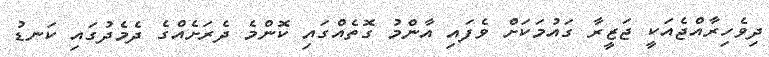
ދިވެހިރާއްޖެއަކީ ޖަޒީރާ ގައުމަކަށް ވެފައި އާންމު ގޮތެއްގައި ކޮންމެ ދެރަށެއްގެ ދެމެދުގައި ކަނޑު